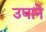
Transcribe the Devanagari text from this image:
उघाने